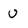
Character: u